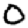
Digit: 0